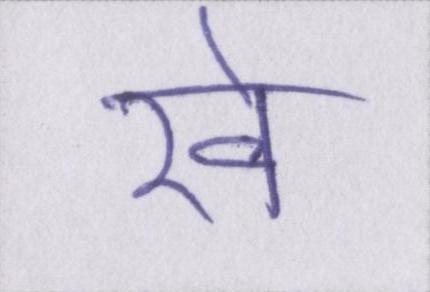
रवे